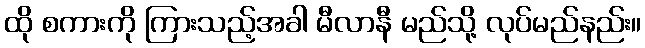
ထို စကားကို ကြားသည့်အခါ မီလာနီ မည်သို့ လုပ်မည်နည်း။